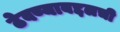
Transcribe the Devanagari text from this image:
ठेवण्याबद्दलची